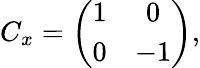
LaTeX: C_{x}=\left(\begin{array}{cc}{{1}}&{{0}}\\ {{0}}&{{-1}}\end{array}\right),